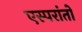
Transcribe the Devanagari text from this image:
एस्परांतो